Annual report on the working of the Harcourt Butler Institute of Public Health, Rangoon
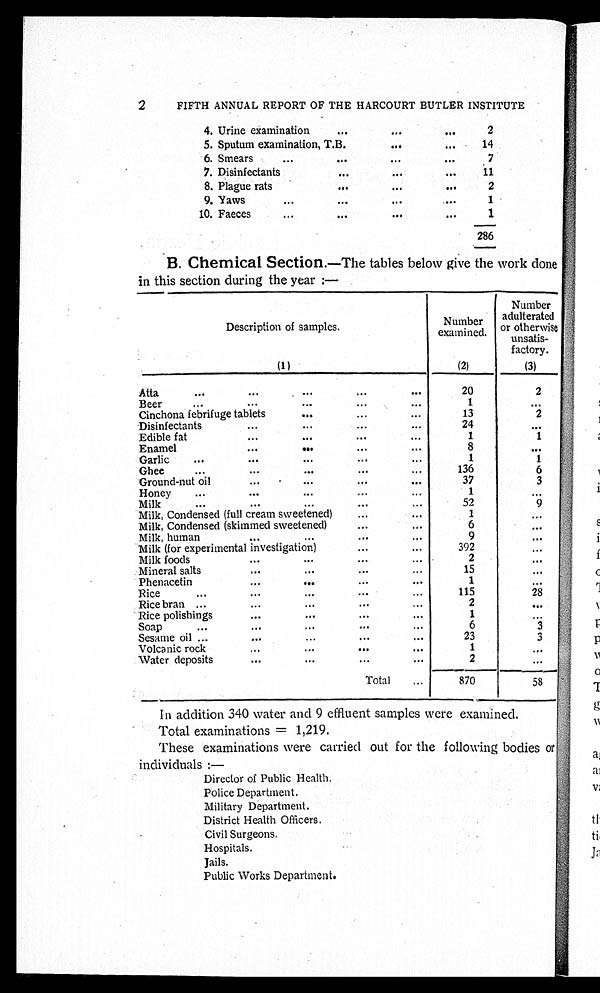
2
FIFTH ANNUAL REPORT OF THE HARCOURT BUTLER INSTITUTE
4. Urine examination . . .
2
5. Sputum examination, T.B. . . .
14
6. Smears . . .
7
7. Disinfectants . . .
11
8. Plague rats . . .
2
9.
Yaws
.
.
.
1
10. Faeces . . .
1
286
B. Chemical Section. —The tables below give the work done
in this section during the year :—
Description of samples.
Number
examined.
Number
adulterated
o r o t h e r w i s e
unsatis
-factory.
(1)
(2)
(3)
Atta
.
.
.
20
2
Beer
.
.
.
1
. . .
Cinchona febrifuge tablets . . .
13
2
24
. . .
Disinfectants . . .
Edible
fat
.
.
.
1
1
Enamel
.
.
.
8
. . .
Garlic
.
.
.
1
1
Ghee
.
.
.
136
6
Ground-nut oil . . .
37
3
Honey
.
.
.
1
. . .
Milk
.
.
.
52
9
Milk, Condensed (full cream sweetened) . . .
1
. . .
Milk, Condensed (skimmed sweetened) . . .
6
. . .
Milk, human . . .
9
. . .
Milk (for experimental investigation) . . .
392
. . .
2
Milk foods . . .
. . .
Mineral salts . . .
15
. . .
Phenacetin . . .
1
. . .
Rice
.
.
.
115
28
Rice
bran
.
.
.
2
. . .
Rice polishings . . .
1
. . .
Soap
.
.
.
6
3
Sesame oil . . .
23
3
Volcanic rock . . .
1
. . .
Water deposits . . .
2
. . .
Total . . .
870
5 8
In addition 340 water and 9 effluent samples were examined.
Total examinations = 1,219.
These examinations were carried out for the following bodies or
individuals :
—
Director of Public Health.
Police Department.
Military Department.
District Health Officers.
Civil Surgeons .
H o s p i t a l s .
J a i l s .
Public Works Department.